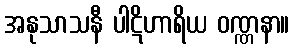
အနုသာသနီ ပါဋိဟာရိယ ဝဏ္ဏနာ။